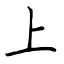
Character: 上